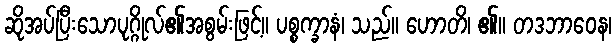
ဆိုအပ်ပြီးသောပုဂ္ဂိုလ်၏အစွမ်းဖြင့်။ ပစ္စက္ခာနံ၊ သည်။ ဟောတိ၊ ၏။ တဒဘာဝေန၊